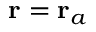
\mathbf { r } = \mathbf { r } _ { a }